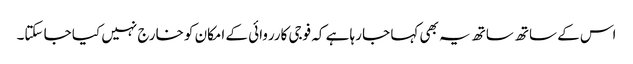
اس کے ساتھ ساتھ یہ بھی کہا جا رہا ہے کہ فوجی کارروائی کے امکان کو خارج نہیں کیا جا سکتا۔